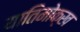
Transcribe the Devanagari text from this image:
यातिमोक्ख